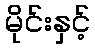
မိုင်းနှင့်